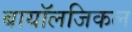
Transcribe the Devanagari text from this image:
बायॉलजिकल